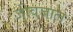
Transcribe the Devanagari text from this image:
जीवजाल